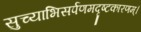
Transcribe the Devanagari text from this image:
सुच्याभिसर्पणमदृष्टकारणम्।